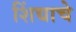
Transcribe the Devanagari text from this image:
शिंद्याचे